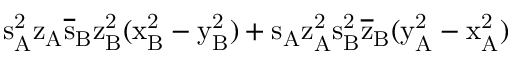
\mathrm { s _ { A } ^ { 2 } \mathrm { z _ { A } \mathrm { \overline { { s } } _ { B } \mathrm { z _ { B } ^ { 2 } ( \mathrm { x _ { B } ^ { 2 } - \mathrm { y _ { B } ^ { 2 } ) + \mathrm { s _ { A } \mathrm { z _ { A } ^ { 2 } \mathrm { s _ { B } ^ { 2 } \mathrm { \overline { { z } } _ { B } ( \mathrm { y _ { A } ^ { 2 } - \mathrm { x _ { A } ^ { 2 } ) } } } } } } } } } } } }